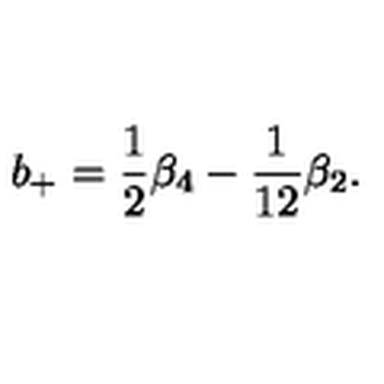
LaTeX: b _ { + } = \frac 1 2 \beta _ { 4 } - \frac 1 { 1 2 } \beta _ { 2 } .